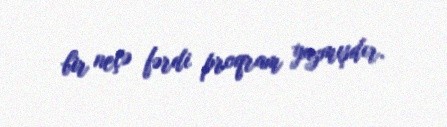
bir neçə fərdi proqram yazmışdır.